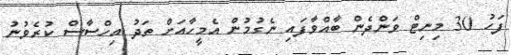
ފަހު 30 މިނިޓް ވަންދެން ބާއްވާފައި ނެގުމުން އެމީހާއަށް ތަދު އިހްސާސް ކުރެވުނު